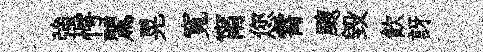
強愕鸎晃寬甯您霄颼毀飮訝